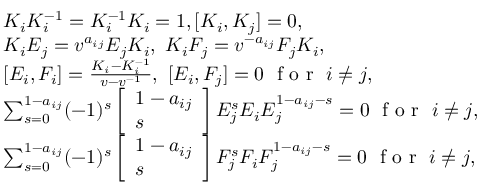
\begin{array} { r l } & { K _ { i } K _ { i } ^ { - 1 } = K _ { i } ^ { - 1 } K _ { i } = 1 , [ K _ { i } , K _ { j } ] = 0 , } \\ & { K _ { i } E _ { j } = v ^ { a _ { i j } } E _ { j } K _ { i } , \ K _ { i } F _ { j } = v ^ { - a _ { i j } } F _ { j } K _ { i } , } \\ & { [ E _ { i } , F _ { i } ] = \frac { K _ { i } - K _ { i } ^ { - 1 } } { v - v ^ { - 1 } } , \ [ E _ { i } , F _ { j } ] = 0 \ \textrm { f o r } \ i \not = j , } \\ & { \sum _ { s = 0 } ^ { 1 - a _ { i j } } ( - 1 ) ^ { s } \left[ \begin{array} { l } { 1 - a _ { i j } } \\ { s } \end{array} \right] E _ { j } ^ { s } E _ { i } E _ { j } ^ { 1 - a _ { i j } - s } = 0 \ \textrm { f o r } \ i \not = j , } \\ & { \sum _ { s = 0 } ^ { 1 - a _ { i j } } ( - 1 ) ^ { s } \left[ \begin{array} { l } { 1 - a _ { i j } } \\ { s } \end{array} \right] F _ { j } ^ { s } F _ { i } F _ { j } ^ { 1 - a _ { i j } - s } = 0 \ \textrm { f o r } \ i \not = j , } \end{array}